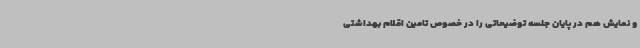
و نمایش هم در پایان جلسه توضیحاتی را در خصوص تامین اقلام بهداشتی